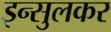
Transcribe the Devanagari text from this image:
इन्सुलकर